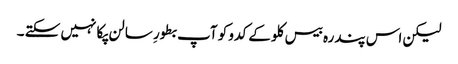
لیکن اس پندرہ بیس کلو کے کدو کو آپ بطورِ سالن پکا نہیں سکتے ۔